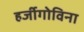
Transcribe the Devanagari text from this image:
हर्जीगोविना